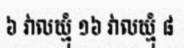
៦ វាលឃ្មុំ ១៦ វាលឃ្មុំ ៨